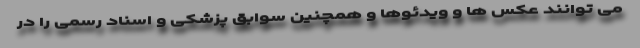
می توانند عکس ها و ویدئوها و همچنین سوابق پزشکی و اسناد رسمی را در